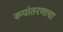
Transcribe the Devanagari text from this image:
रूपांतरणाचा